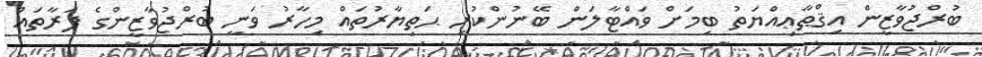
ބުރްޖުވާޒީން އިޤްޠާޢިއްޔަތު ބިމަށް ވައްޓާލަން ބޭނުންކުރި ޙަތިޔާރުތައް މިހާރު ވަނީ ބުރްޖުވާޒީންގެ ފަރާތައް